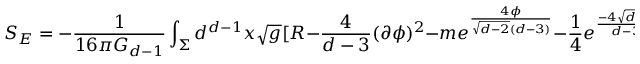
S _ { E } = - \frac { 1 } { 1 6 \pi G _ { d - 1 } } \int _ { \Sigma } d ^ { d - 1 } x \sqrt { g } [ R - \frac { 4 } { d - 3 } ( \partial \phi ) ^ { 2 } - m e ^ { \frac { 4 \phi } { \sqrt { d - 2 } ( d - 3 ) } } - \frac { 1 } { 4 } e ^ { \frac { - 4 \sqrt { d - 2 } } { d - 3 } \phi } F ^ { 2 } ] .